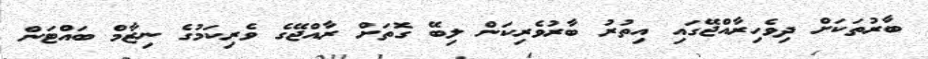
ބާރުތަކަށް ދިވެހިރާއްޖޭގައި އިތުރު ބާރުވެރިކަން ލިބޭ ގޮތަށް ރާއްޖޭގެ ވެރިކަމުގެ ނިޒާމް ބައްޓަން